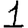
Digit: 1